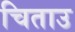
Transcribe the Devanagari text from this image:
चिताउ